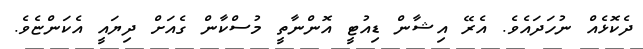
ދެކޮޅެއް ނުހަދައެވެ. އެރޭ އިޝާން ޑިއުޓީ އޮންނާތީ މުސްކާން ގެއަށް ދިޔައީ އެކަންޏެވެ.